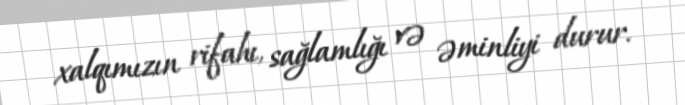
xalqımızın rifahı, sağlamlığı və əminliyi durur.